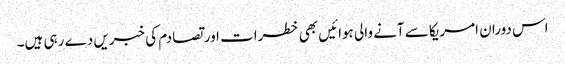
اس دوران امریکا سے آنے والی ہوائیں بھی خطرات اور تصادم کی خبریں دے رہی ہیں۔